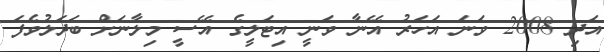
އަދި 2008 ވަނަ އަހަރު އޭނާ ވަނީ އިޓަލީގެ އޭސީ މިލާނަށް ބަދަލުވެފަ